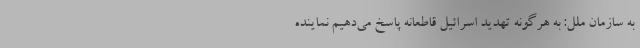
به سازمان ملل: به هرگونه تهدید اسرائیل قاطعانه پاسخ می‌دهیم نماینده